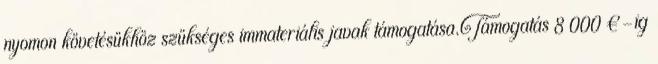
nyomon követésükhöz szükséges immateriális javak támogatása.Támogatás 8 000 €-ig